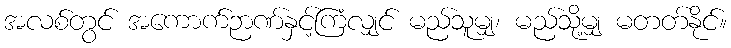
အလစ်တွင် အကောက်ဉာဏ်နှင့်ကြံလျှင် မည်သူမျှ၊ မည်သို့မျှ မတတ်နိုင်။